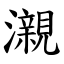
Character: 瀙